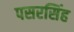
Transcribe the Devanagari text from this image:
पसरसिंह